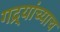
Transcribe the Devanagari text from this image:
गद्र्‍यांच्याच